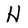
Character: H